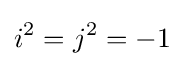
i^{2}=j^{2}=-1